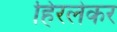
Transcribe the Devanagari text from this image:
हिरलेकर